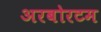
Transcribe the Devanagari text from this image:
अरबोरटम